Annual report of the Punjab Veterinary College and of the Civil Veterinary Department, Punjab - 1909-1919
Year: 1909
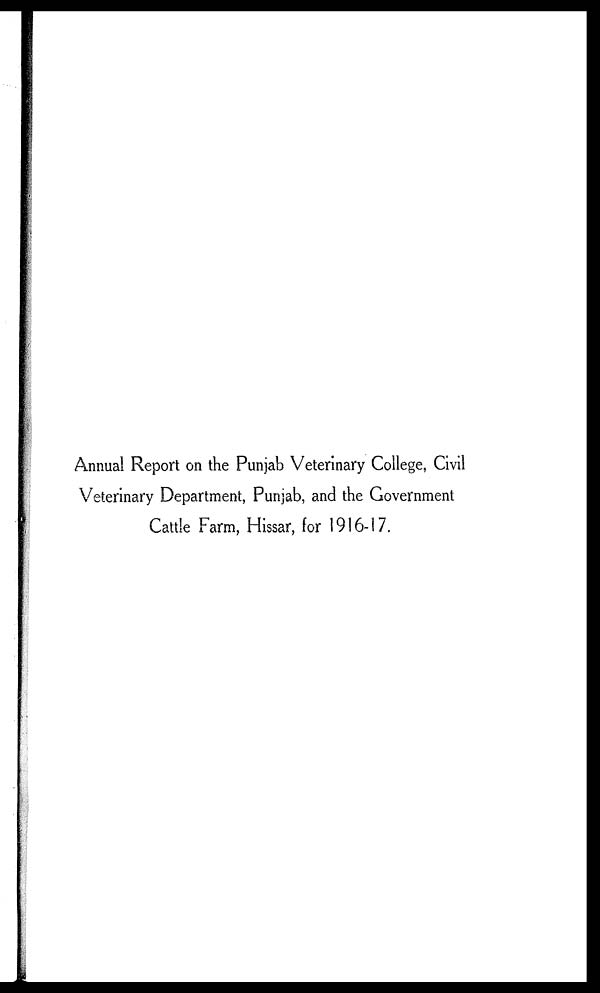
Annual Report on the Punjab Veterinary College, Civil
Veterinary Department, Punjab, and the Government
Cattle Farm, Hissar, for 1916-17.